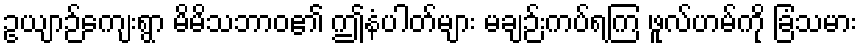
ဥယျာဉ်ကျေးရွာ မိမိသဘာဝ၏ ဤနံပါတ်များ မချဉ်းကပ်ရကြ ဖူလ်ဟမ်ကို ခြံသမား